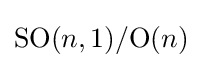
\mathrm {SO} (n,1)/\mathrm {O} (n)